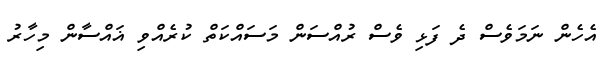
އެހެން ނަމަވެސް ދެ ފަޅި ވެސް ރުއްސަން މަސައްކަތް ކުރެއްވި ޣައްސާން މިހާރު